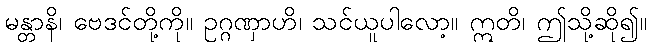
မန္တာနိ၊ ဗေဒင်တို့ကို။ ဥဂ္ဂဏှာဟိ၊ သင်ယူပါလော့။ ဣတိ၊ ဤသို့ဆို၍။